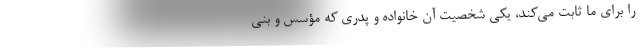
را برای ما ثابت می‌کند، یکی شخصیت آن خانواده و پدری که مؤسس و بنی